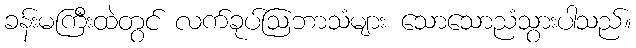
ခန်းမကြီးထဲတွင် လက်ခုပ်ဩဘာသံများ သောသောညံသွားပါသည်။